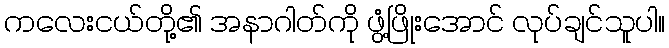
ကလေးငယ်တို့၏ အနာဂါတ်ကို ဖွံ့ဖြိုးအောင် လုပ်ချင်သူပါ။